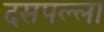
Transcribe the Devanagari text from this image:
दसपल्ला